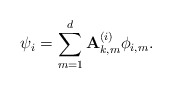
\begin{align*} \psi_i = \sum_{m=1}^d \mathbf{A}_{k,m}^{(i)} \phi_{i,m}.\end{align*}